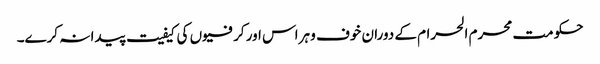
حکومت محرم الحرام کے دوران خوف و ہراس اور کرفیوں کی کیفیت پیدا نہ کرے۔